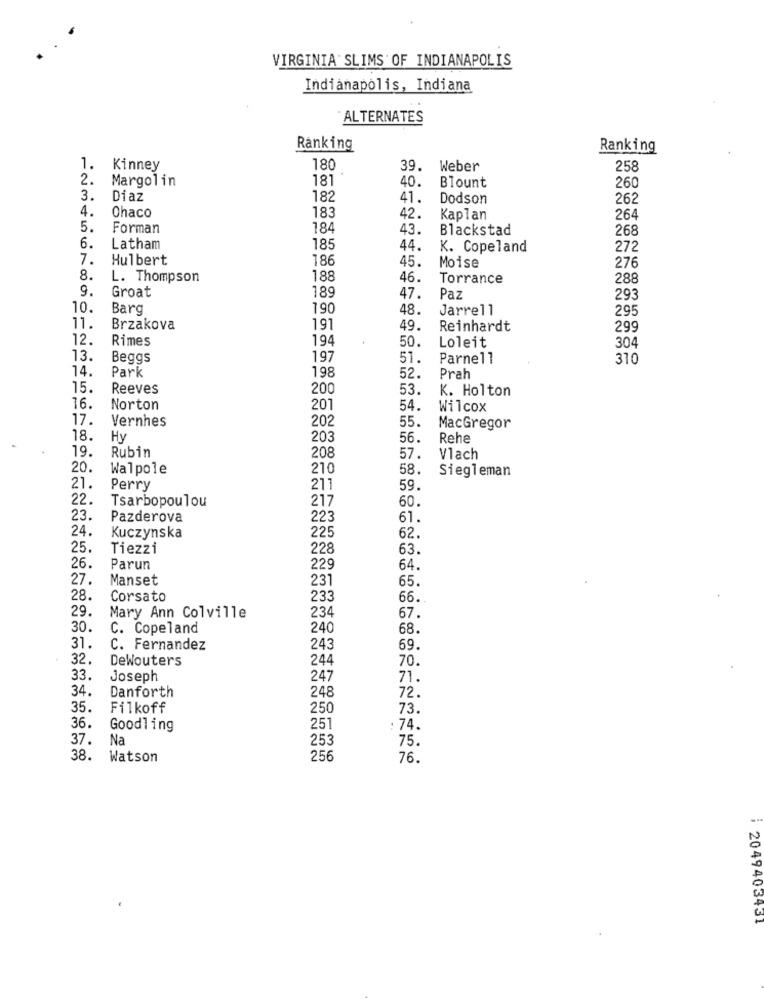
VIRGINIA SLIMS'OF INDIANAPOLIS
Indianapolis, Indiana
ALTERNATES
Ranking
Ranking
1.
Kinney
180
39.
Weber
258
2.
Margolin
181
40.
Blount
260
3.
Diaz
182
41.
Dodson
262
4.
183
Chaco
42.
Kaplan
264
5.
Forman
184
43.
Blackstad
268
6.
Latham
185
44.
K. Copeland
272
7.
Hulbert
186
45
276
Moise
8.
L. Thompson
188
46
Torrance
288
9.
189
Groat
47.
Paz
293
10.
Barg
190
48.
Jarrell
295
11.
Brzakova
191
49.
Reinhardt
299
12.
Rimes
194
50.
304
Loleit
13.
Beggs
197
51
Parnell
310
14.
Park
198
52.
Prah
15.
Reeves
200
53.
K. Holton
16.
Norton
201
54.
Wilcox
17.
Vernhes
202
55.
MacGregor
18.
Hy
203
56.
Rehe
19.
Rubin
208
57.
Vlach
20.
Walpole
210
58.
Siegleman
21.
Perry
211
59.
22.
Tsarbopoulou
217
60.
23.
Pazderova
223
61
24.
225
Kuczynska
62.
25.
Tiezzi
228
63.
26.
Parun
229
64.
27.
Manset
231
65.
28.
Corsato
233
66.
29.
Mary Ann Colville
23
67.
30.
C. Copeland
240
68.
31.
C. Fernandez
243
69.
32.
DeWouters
244
70.
33.
Joseph
247
71.
34.
Danforth
248
72.
35.
Filkoff
250
73.
36.
Goodling
251
: 74.
37.
Na
253
75.
38.
Watson
256
76.
: 2049403431